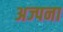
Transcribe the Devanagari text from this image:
अज्पना